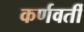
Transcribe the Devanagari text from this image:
कर्णवर्ती